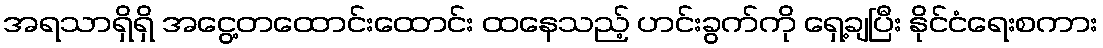
အရသာရှိရှိ အငွေ့တထောင်းထောင်း ထနေသည့် ဟင်းခွက်ကို ရှေ့ချပြီး နိုင်ငံရေးစကား